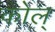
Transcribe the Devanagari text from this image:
कोल्